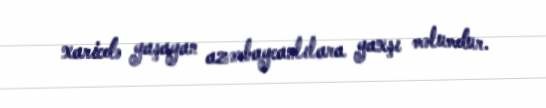
xaricdə yaşayan azərbaycanlılara yaxşı məlumdur.